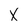
Character: X